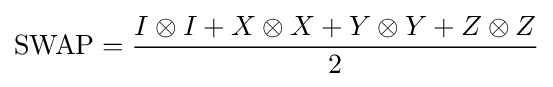
{\mbox{SWAP}}={\frac {I\otimes I+X\otimes X+Y\otimes Y+Z\otimes Z}{2}}